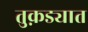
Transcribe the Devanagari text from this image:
तुक़ड्यात